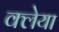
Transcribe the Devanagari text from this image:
क्लेया